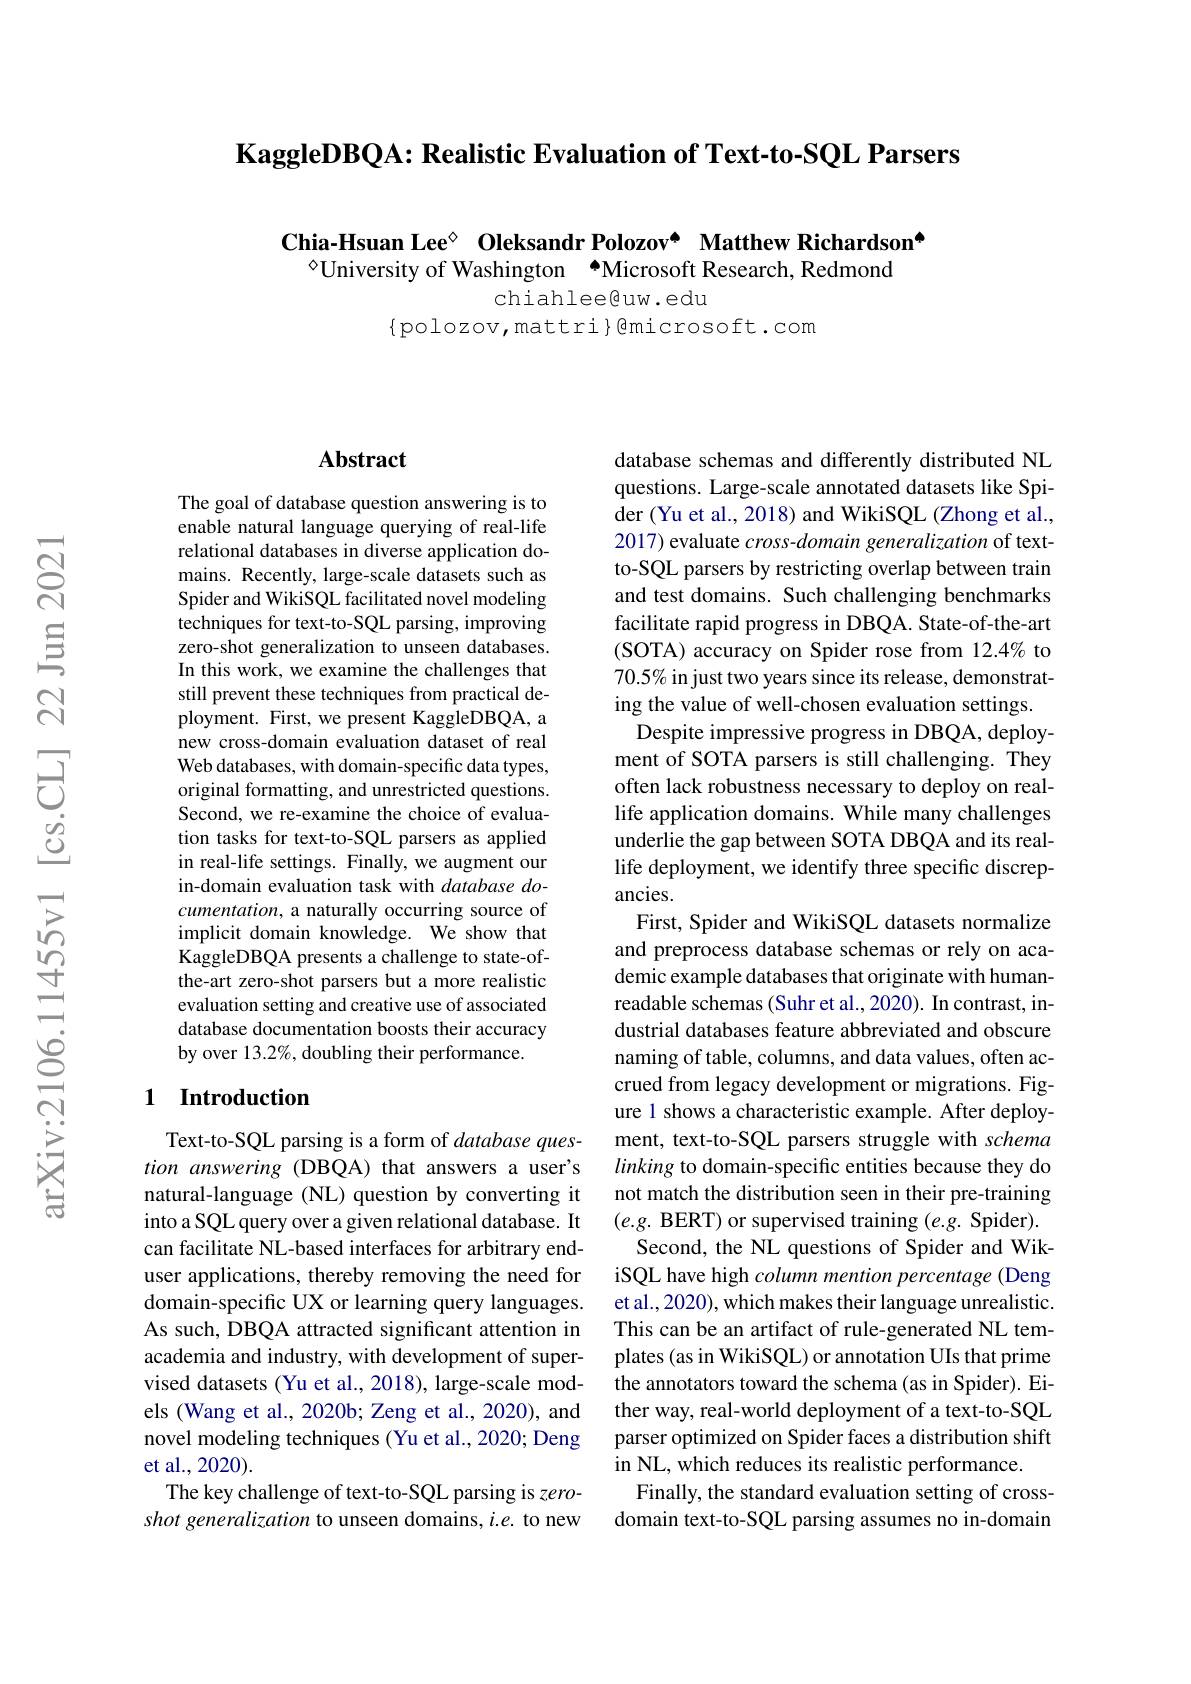
$\textbf{KaggleDBQA: Realistic Evaluation of Text- to- SQL Parsers}$

$\textbf{Chia- Hsuan Lee}^{\diamond }$ $\textbf{Oleksandr Polozov}^{\bullet }$ $\textbf{Matthew Richardson}^{\bullet }$
$^{\circ}$University of Washington “Microsoft Research, Redmond

chiahlee@uw.edu

$\{$polozov,mattri}Bmicrosoft.com

### $\mathbf{Abstract}$

The goal of database question answering is to enable natural language querying of real-life relational databases in diverse application domains. Recently, large-scale datasets such as Spider and WikiSQL facilitated novel modeling techniques for text-to-SQL parsing, improving zero-shot generalization to unseen databases. In this work, we examine the challenges that still prevent these techniques from practical deployment. First, we present KaggleDBQA, a new cross-domain evaluation dataset of real Web databases, with domain-specific data types, original formatting, and unrestricted questions. Second, we re-examine the choice of evaluation tasks for text-to-SQL parsers as applied in real-life settings. Finally, we augment our in-domain evaluation task with database documentation, a naturally occurring source of implicit domain knowledge. We show that KaggleDBQA presents a challenge to state-ofthe-art zero-shot parsers but a more realistic evaluation setting and creative use of associated database documentation boosts their accuracy by over 13.2%, doubling their performance.

### 1 Introduction

Text-to-SQL parsing is a form of database question answering (DBQA) that answers a user's natural-language (NL) question by converting it into a SQL query over a given relational database. It can facilitate NL-based interfaces for arbitrary enduser applications, thereby removing the need for domain-specific UX or learning query languages. As such, DBQA attracted significant attention in academia and industry, with development of supervised datasets (Yu et al., 2018), large-scale models (Wang et al., 2020b; Zeng et al., 2020), and novel modeling techniques (Yu et al., 2020; Deng et al., 2020).
The key challenge of text-to-SQL parsing is zeroshot generalization to unseen domains, i.e. to new

database schemas and differently distributed NL questions. Large-scale annotated datasets like Spider (Yu et al., 2018) and WikiSQL (Zhong et al., 2017) evaluate $cross-domain$ generalization of textto-SQL parsers by restricting overlap between train and test domains. Such challenging benchmarks facilitate rapid progress in DBQA. State-of-the-art (SOTA) accuracy on Spider rose from 12.4% to 70.5% in just two years since its release, demonstrating the value of well-chosen evaluation settings.
Despite impressive progress in DBQA, deployment of SOTA parsers is still challenging. They often lack robustness necessary to deploy on reallife application domains. While many challenges underlie the gap between SOTA DBQA and its reallife deployment, we identify three specific discrepancies.
First, Spider and WikiSQL datasets normalize and preprocess database schemas or rely on academic example databases that originate with humanreadable schemas (Suhr et al., 2020). In contrast, industrial databases feature abbreviated and obscure naming of table, columns, and data values, often accrued from legacy development or migrations. Figure 1 shows a characteristic example. After deployment, text-to-SQL parsers struggle with schema linking to domain-specific entities because they do not match the distribution seen in their pre-training $(e.g.$ BERT) or supervised training (e.g. Spider).
Second, the NL questions of Spider and WikiSQL have high column mention percentage (Deng et al.,2020), which makes their language unrealistic. This can be an artifact of rule-generated NL templates (as in WikiSQL) or annotation UIs that prime the annotators toward the schema(as in Spider). Either way, real-world deployment of a text-to-SQL parser optimized on Spider faces a distribution shift in NL, which reduces its realistic performance.
Finally, the standard evaluation setting of crossdomain text-to-SQL parsing assumes no in-domain